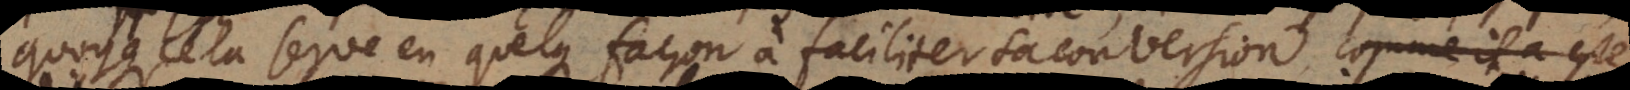
quoyque cela serve en quelque façon à faciliter sa conversion (Proverb. VIII,